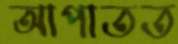
আপাতত